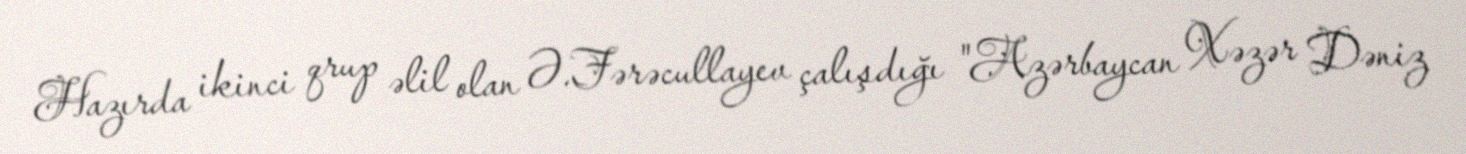
Hazırda ikinci qrup əlil olan Ə.Fərəcullayev çalışdığı "Azərbaycan Xəzər Dəniz